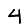
Digit: 4